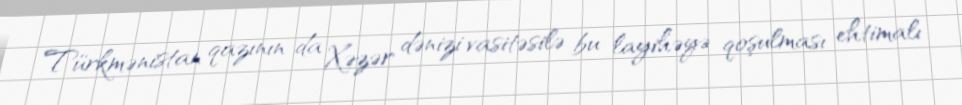
Türkmənistan qazının da Xəzər dənizi vasitəsilə bu layihəyə qoşulması ehtimalı